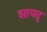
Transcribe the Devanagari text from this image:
शायद्